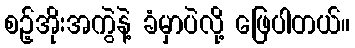
စဉ့်အိုးအကွဲနဲ့ ခံမှာပဲလို့ ဖြေပါတယ်။